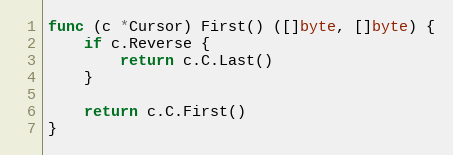
Language: Go
func (c *Cursor) First() ([]byte, []byte) {
	if c.Reverse {
		return c.C.Last()
	}

	return c.C.First()
}